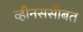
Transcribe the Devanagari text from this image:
व्हीनससोबत